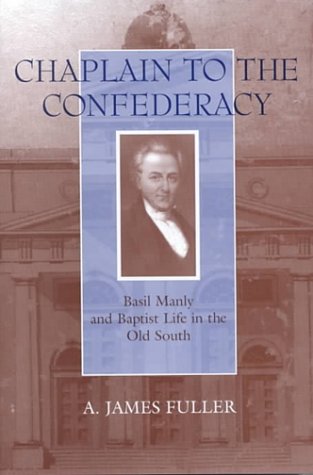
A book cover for Chaplain to the Confederacy: Basil Manly and Baptist Life in the Old South (Southern Biography Series); A. James Fuller; Christian Books & Bibles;